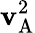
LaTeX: \mathbf{v}_{\mathrm{{A}}}^{2}